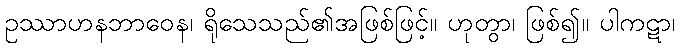
ဥဿာဟနဘာဝေန၊ ရိုသေသည်၏အဖြစ်ဖြင့်။ ဟုတွာ၊ ဖြစ်၍။ ပါကဋာ၊